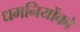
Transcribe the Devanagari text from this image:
धमनियोंको